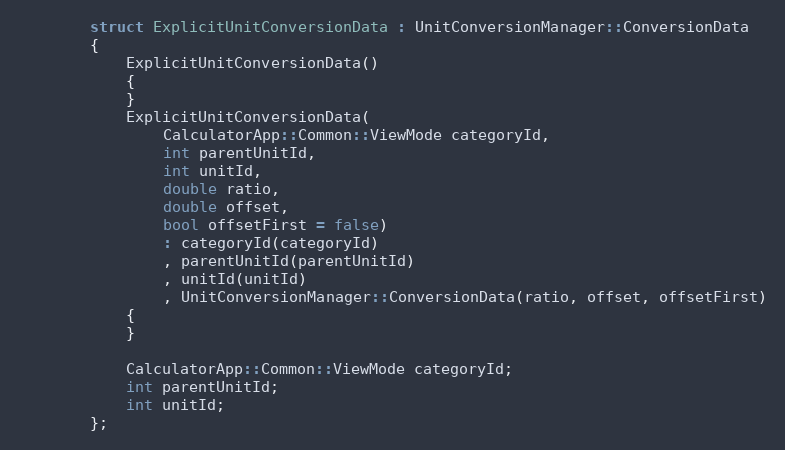
Language: C
        struct ExplicitUnitConversionData : UnitConversionManager::ConversionData
        {
            ExplicitUnitConversionData()
            {
            }
            ExplicitUnitConversionData(
                CalculatorApp::Common::ViewMode categoryId,
                int parentUnitId,
                int unitId,
                double ratio,
                double offset,
                bool offsetFirst = false)
                : categoryId(categoryId)
                , parentUnitId(parentUnitId)
                , unitId(unitId)
                , UnitConversionManager::ConversionData(ratio, offset, offsetFirst)
            {
            }

            CalculatorApp::Common::ViewMode categoryId;
            int parentUnitId;
            int unitId;
        };